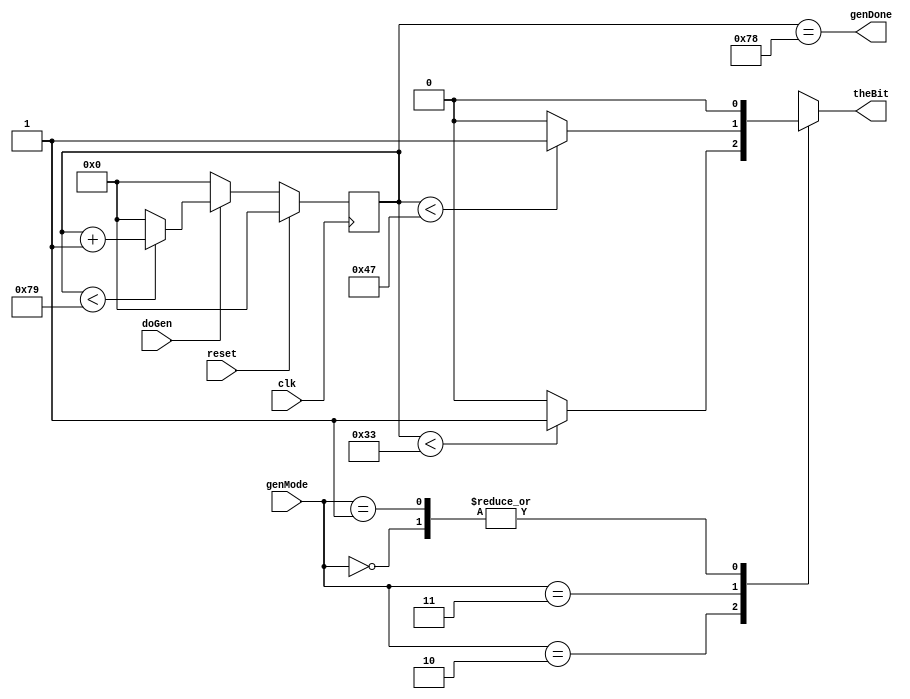
/*
Authored by Elijah Theander
October 14, 2016
bitGenerator.v
The WSB Diodes require a signal of 1100-1300 nS
to pick up a single bit, it looks at the period of 
transmission and cuts it in half and takes the value at
the half mark as the input. Need 24 inputs per LED.
I am using a Value of 1200 nS, so right in the middle.
Using 100 MHz clk from BASYS 3, 120 counts from it is needed
for 1200 nS.
For a Gen 1 signal it will be High for 700 nS, low 500
For a Gen 0 signal it will be Low for 700 nS, high 500.
*/

module bitGenerator(theBit,genDone,genMode,doGen,clk,reset);
	
	output theBit;		 //Output bit going to the LED strip.
	output genDone;		 //Output signal saying the generation of one bit is finished.
	input [1:0] genMode; //Input from controller saying what to generate currently.
	input doGen;		 //Input from controller saying when to generate bit.
	input clk,reset;	 //Synchronous clock and reset.
	
	reg [6:0] S;		 //State memory variable.
	reg theBit;
	
	//Parameters for genMode.
	parameter   genZero = 2'b10, genOne = 2'b11, genRet = 2'b00, genNone = 2'b01;
	
	//State Memory.
	always @(posedge clk)begin
		if(reset)begin
			S <= 7'd0;
		end
		else if(doGen)begin
			S <= (S < 7'd121)? S+1:7'd0;
		end
		else begin
			S <= 7'd0;
		end
	end
	
	//theBit assignment
	always @(genMode,S)begin
		case(genMode)
			genZero: theBit = (S < 7'd51)? 1:0; // generate high for 50, then low 70, half mark is low
			genOne:  theBit = (S < 7'd71)? 1:0; // generate high for 70 then, low 50, half mark is high
			genRet:	 theBit = 1'b0;        // not concerned with ret timing here, will come from controller. 
			genNone: theBit = 1'b0;
			default: theBit = 1'b0;
		endcase
	end
	
	//genDone assignment
	assign genDone = (S == 7'd120);
	
endmodule